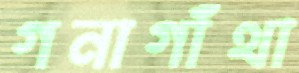
গনাগাঁথা